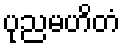
ပုညမဟိတံ